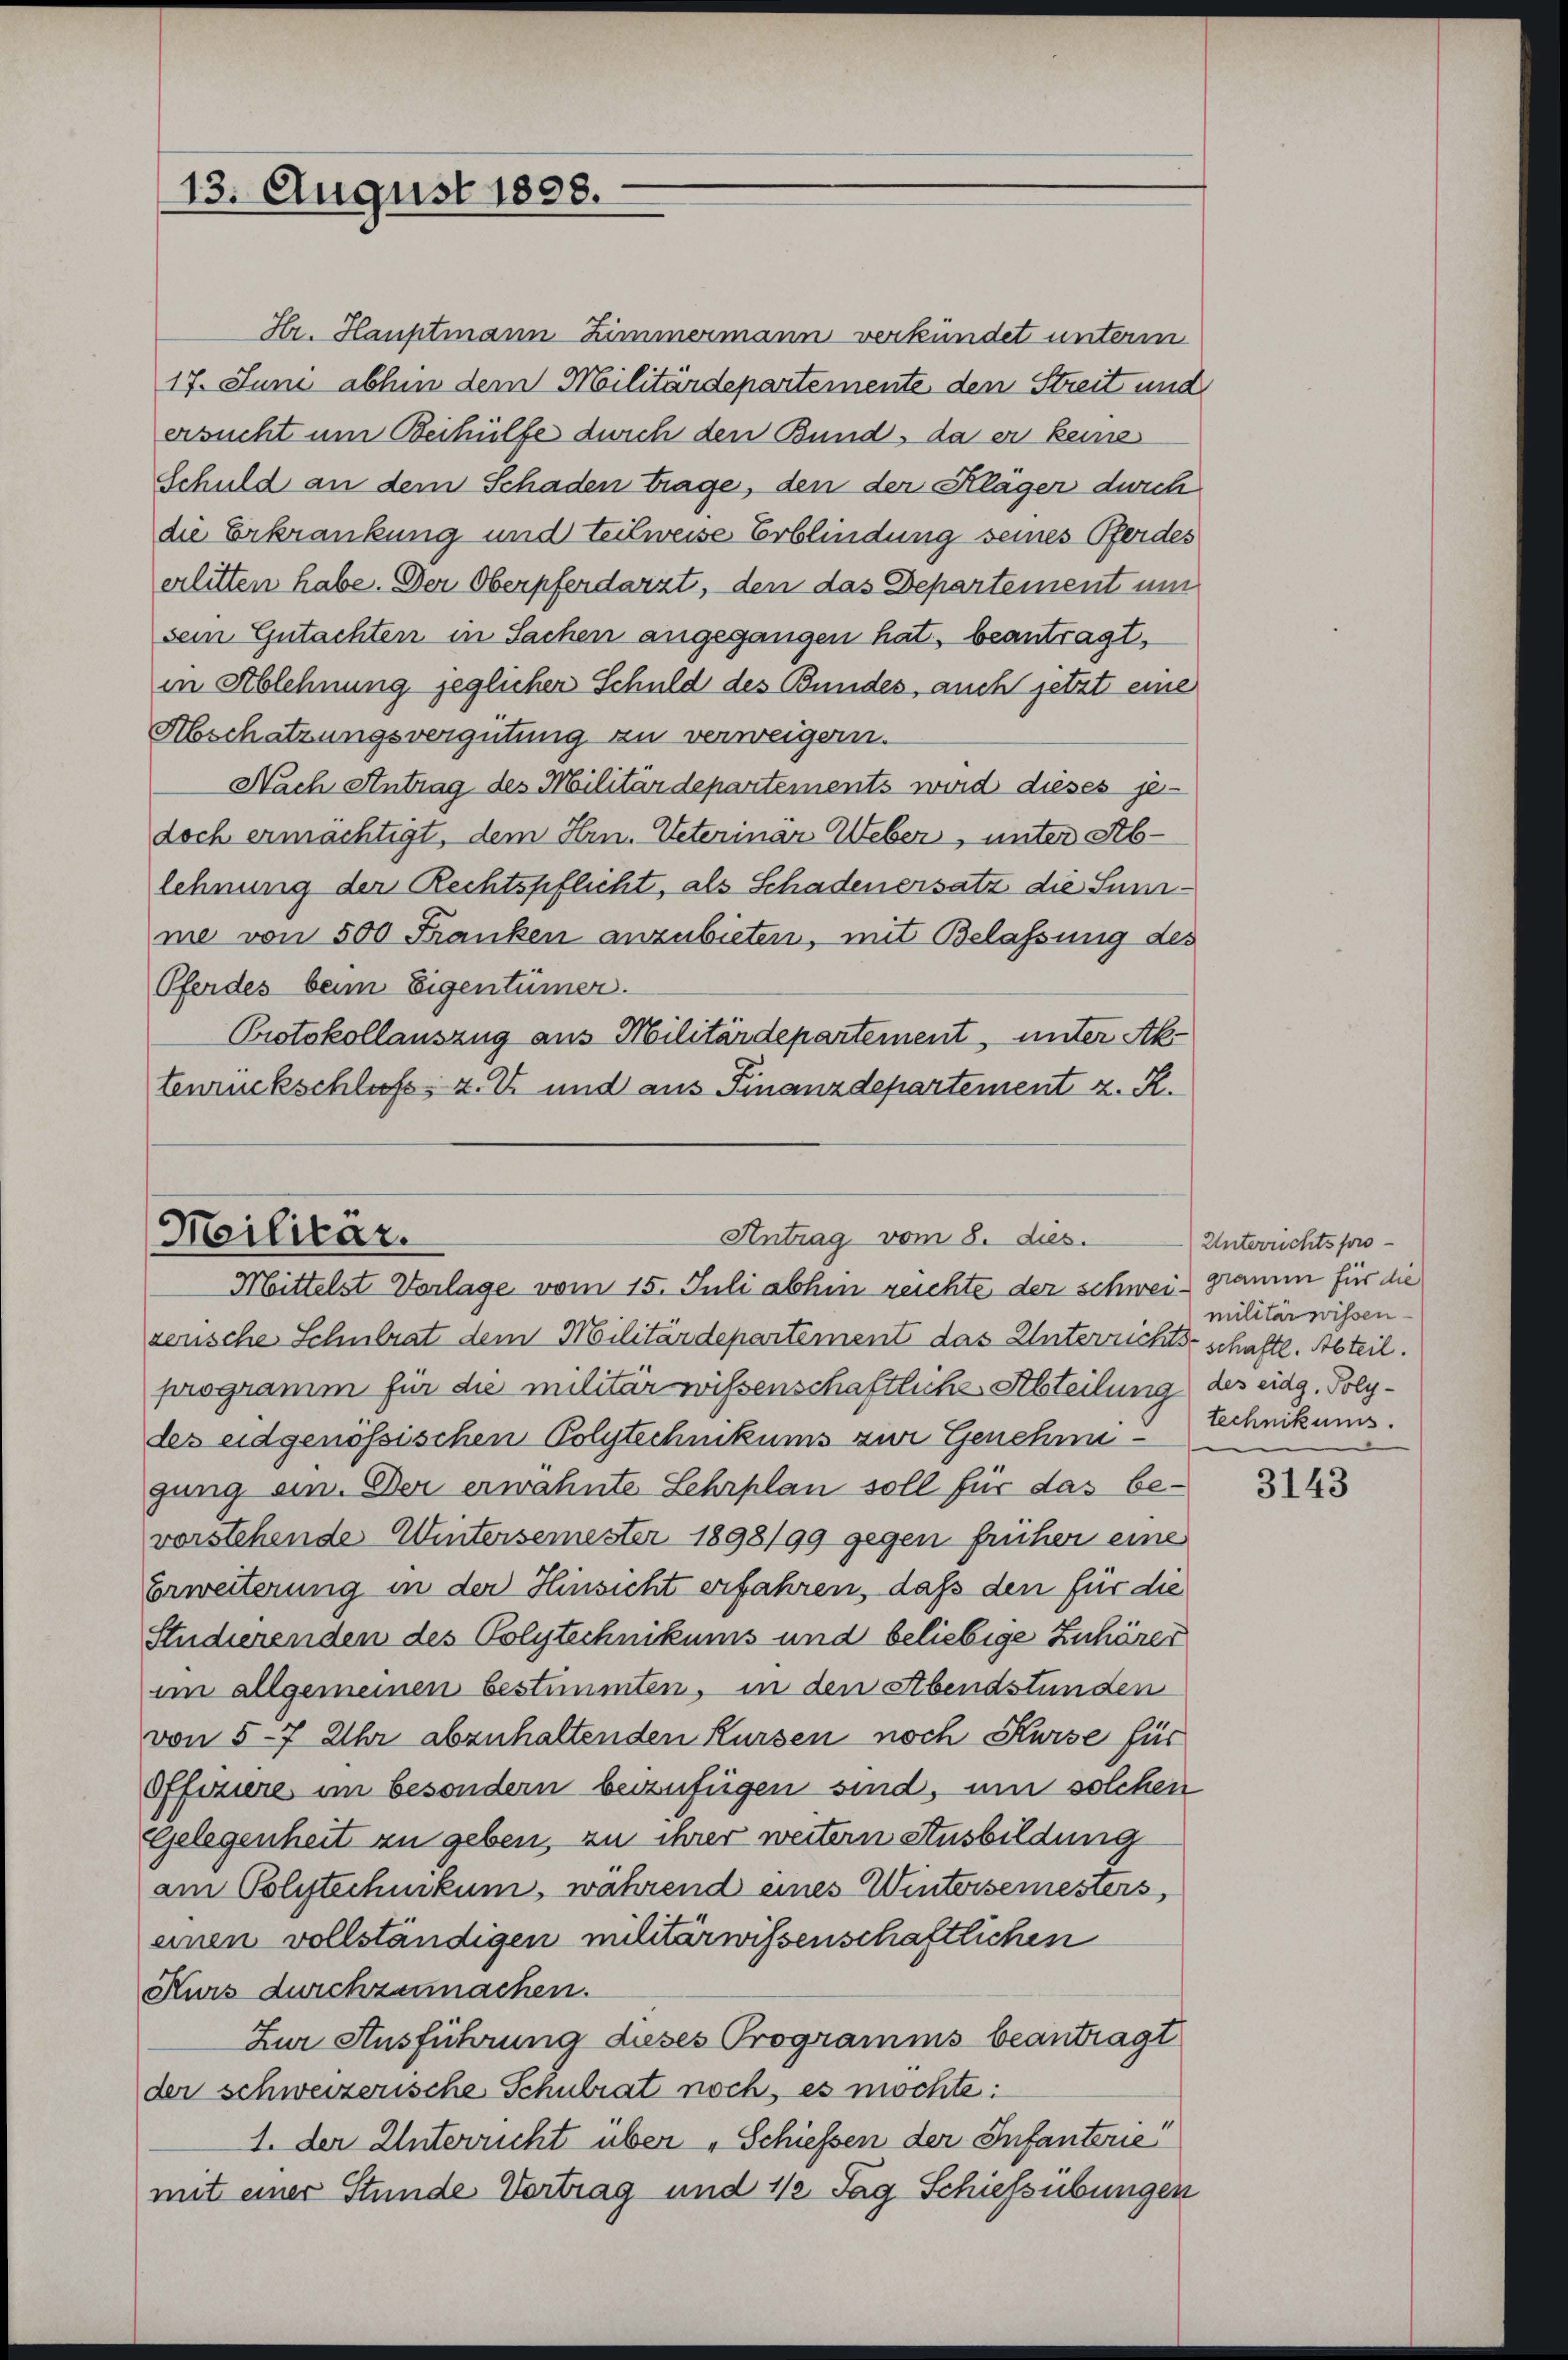
13. August 1808.

Hr. Hauptmann Zimmermann verkündet unterm
17. Juni abhin dem Militärdepartemente den Streit und
ersucht um Beihülfe durch den Bund, da er keine
Schuld an dem Schaden Trage, den der Klager durch
die Erkrankung und teilweise Erblindung seines Pferdes
erlitten habe. Der Oberpferdarzt, den das Departement um
sein Gutachten in Sachen angegangen hat, beantragt,
in Ablehnung jeglicher Schuld des Bundes, auch jetzt eine
Abschatzungsvergütung zu verweigern.
Nach Antrag des Militärdepartements wird dieses je-
doch ermächtigt, dem Hrn. Veterinär Weber, unter Ablehnung der Rechtspflicht, als Schadenersatz die Suname von 500 Franken anzubieten, mit Belassung des
Pferdes beim Eigentümer.
Protokollauszug aus Militärdepartement, unter Ak
tenrückschluß z. E. und aus Finanzdepartement z. R.

Meilitär.
Antrag vom 8. dies
Mittelst Vorlage vom 15. Juli abhin reichte der schwei gramm für die

sensche Schulrat dem Militärdepartement das Unterrichts schaftl. Abteil.
programm für die militär wissenschaftliche Abteilung des eidg. Polydes eidgenössischen Polytechnikums zur Genehme-technikums.
gung ein. Der erwähnte Lehrplan soll für das bevorstehende Wintersemester 1898/99 gegen früher eine
Erweiterung in der Hinsicht erfahren, daß den für die
Studierenden des Polytechnikums und beliebige Zuhörer
am allgemeinen bestimmten, in den Abendstunden
von 5-7 Uhr abzuhaltenden Kursen noch Kurse für
Offiziere im besondern bezufügen sind, um solchen
Gelegenheit zu geben, zu ihrer weitern Ausbildung
am Polytechnikum, während eines Wintersemesters,
einen vollständigen militärwissenschaftlichen
Kurs durchzumachen.
Zur Ausführung dieses Programms beantragt
der schweizerische Schulrat noch, es möchte:
1. der Unterricht über „Schiessen der Infanterie
mit einer Stunde Vortrag und 1/2 Tag Schiessübungen

Unterrichtspromilitär wissen

3143